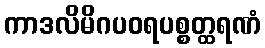
ကာဒလိမိဂပဝရပစ္စတ္ထရဏံ